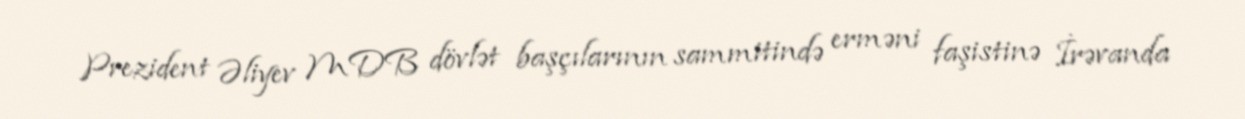
Prezident Əliyev MDB dövlət başçılarının sammitində erməni faşistinə İrəvanda